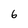
Character: 6